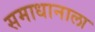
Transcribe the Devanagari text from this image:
समाधानाला